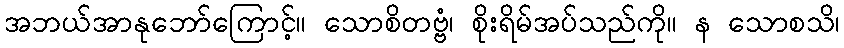
အဘယ်အာနုဘော်ကြောင့်။ သောစိတဗ္ဗံ၊ စိုးရိမ်အပ်သည်ကို။ န သောစသိ၊